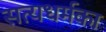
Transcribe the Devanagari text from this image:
सत्यधर्मका